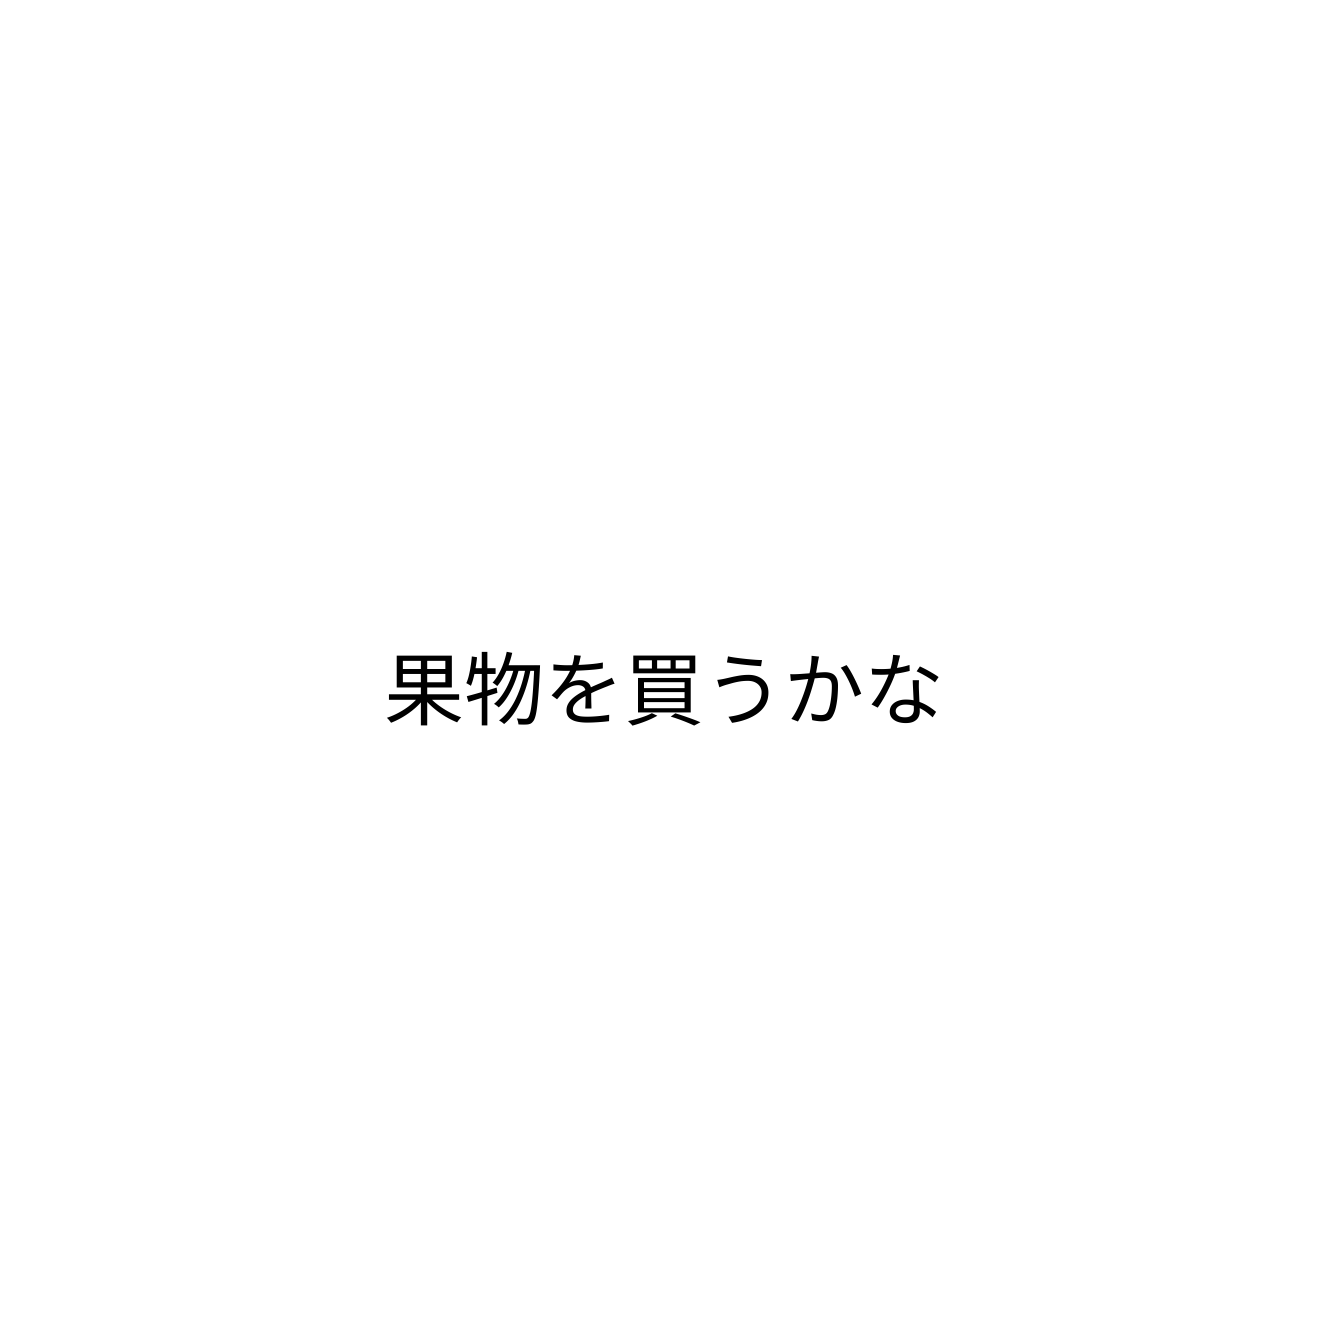
果物を買うかな